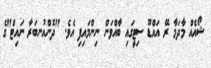
ޝޯއެއް މާދަމާ ރޭ އައްޑޫ ސިޓީގައި ބާއްވަން ނިންމައިފި އެވެ. "ދޮންއުނބަރާ ނައިޓް"ގެ